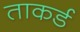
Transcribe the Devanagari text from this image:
ताकर्ड